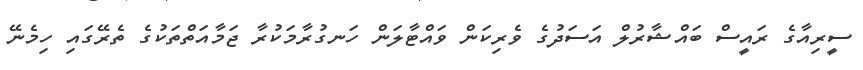
ސީރިއާގެ ރައީސް ބައްޝާރުލް އަސަދުގެ ވެރިކަން ވައްޓާލަން ހަނގުރާމަކުރާ ޖަމާއަތްތަކުގެ ތެރޭގައި ހިމެނޭ